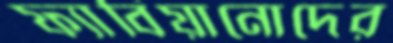
ফ্যাবিয়ানোদের